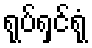
ရုပ်ရှင်ရုံ